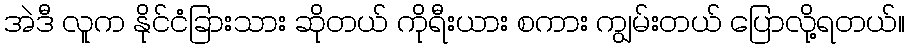
အဲဒီ လူက နိုင်ငံခြားသား ဆိုတယ် ကိုရီးယား စကား ကျွမ်းတယ် ပြောလို့ရတယ်။